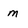
Character: m